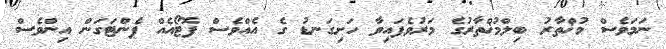
ނަމަވެސް މުޚްތާރު ބިލްމުޚްތާރުގެ މަރުވެފައިވާ ހަށިގަނޑު ގެ އެއްވެސް ފޮޓޯއެއް ޕެންޓަގަން އިންވެސް